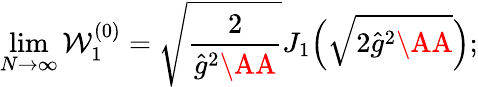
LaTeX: \operatorname*{lim}_{N\to\infty}{\cal W}_{1}^{(0)}=\sqrt{\frac 2{\hat{g}^{2}\AA}}J_{1}\Bigl(\sqrt{2\hat{g}^{2}\AA}\Bigr);